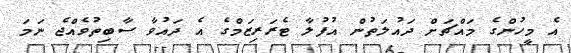
އެ މީހުންގެ މައްޗަށް ދައުލަތުން އުފުލާ ޓެރަރިޒަމްގެ އެ ދައުވާ ސާބިތުވެއްޖެ ނަމަ